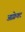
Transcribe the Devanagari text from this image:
आफ़्रेक्ट